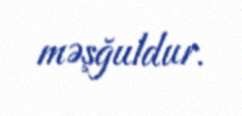
məşğuldur.